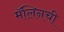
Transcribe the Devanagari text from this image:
मॅलिनची